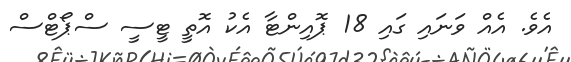
އެވެ. އެއް ވަނައި ގައި 18 ޕޮއިންޓާ އެކު އޮތީ ޓީސީ ސްޕޯޓްސް